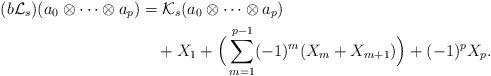
LaTeX: \begin{align*} (b\mathcal{L}_s)(a_0\otimes\cdots\otimes a_p) &= \mathcal{K}_s(a_0\otimes\cdots\otimes a_p)\\ &\quad+ X_1 +\Big(\sum_{m=1}^{p-1}(-1)^m(X_m+X_{m+1})\Big)+(-1)^pX_p. \end{align*}